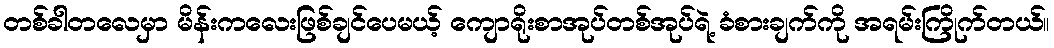
တစ်ခါတလေမှာ မိန်းကလေးဖြစ်ချင်ပေမယ့် ကျောရိုးစာအုပ်တစ်အုပ်ရဲ့ ခံစားချက်ကို အရမ်းကြိုက်တယ်။